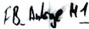
Text: FB_Anlage M1